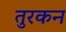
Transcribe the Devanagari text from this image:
तुरकन